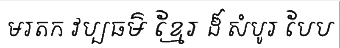
មរតក វប្បធម៌ ខ្មែរ ដ៏ សំបូរ បែប